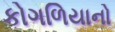
કોગળિયાનો